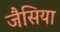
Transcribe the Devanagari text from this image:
जैसिया